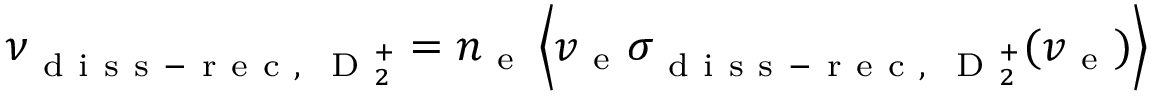
\nu _ { \mathrm { ~ d ~ i ~ s ~ s ~ - ~ r ~ e ~ c ~ , ~ } \mathrm { ~ D ~ } _ { 2 } ^ { + } } = n _ { \mathrm { ~ e ~ } } \left\langle v _ { \mathrm { ~ e ~ } } \sigma _ { \mathrm { ~ d ~ i ~ s ~ s ~ - ~ r ~ e ~ c ~ , ~ } \mathrm { ~ D ~ } _ { 2 } ^ { + } } ( v _ { \mathrm { ~ e ~ } } ) \right\rangle